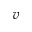
v